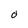
Character: O